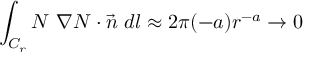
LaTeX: \int _ { C _ { r } } N ~ \nabla N \cdot \vec { n } ~ d l \approx 2 \pi ( - a ) r ^ { - a } \rightarrow 0